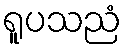
ရူပသညံ